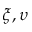
\xi , \upsilon